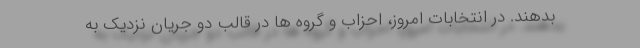
بدهند. در انتخابات امروز، احزاب و گروه ها در قالب دو جریان نزدیک به